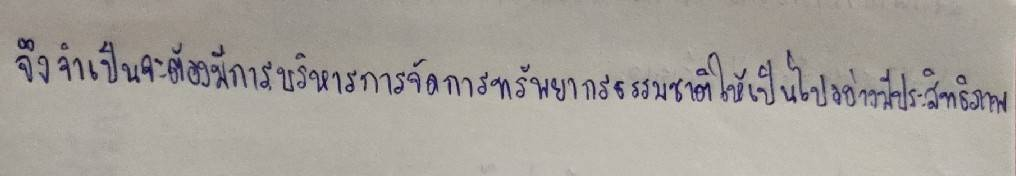
จึงจำเป็นจะต้องมีการบริหารการจัดการทรัพยากรธรรมชาติให้เป็นไปอย่างมีประสิทธิภาพ